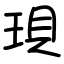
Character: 珼